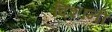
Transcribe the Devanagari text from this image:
दिशानी